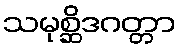
သမုစ္ဆိဒဂတ္တာ